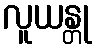
လူယန္တု